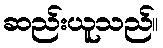
ဆည်းယူသည်။